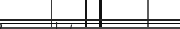
٨٧